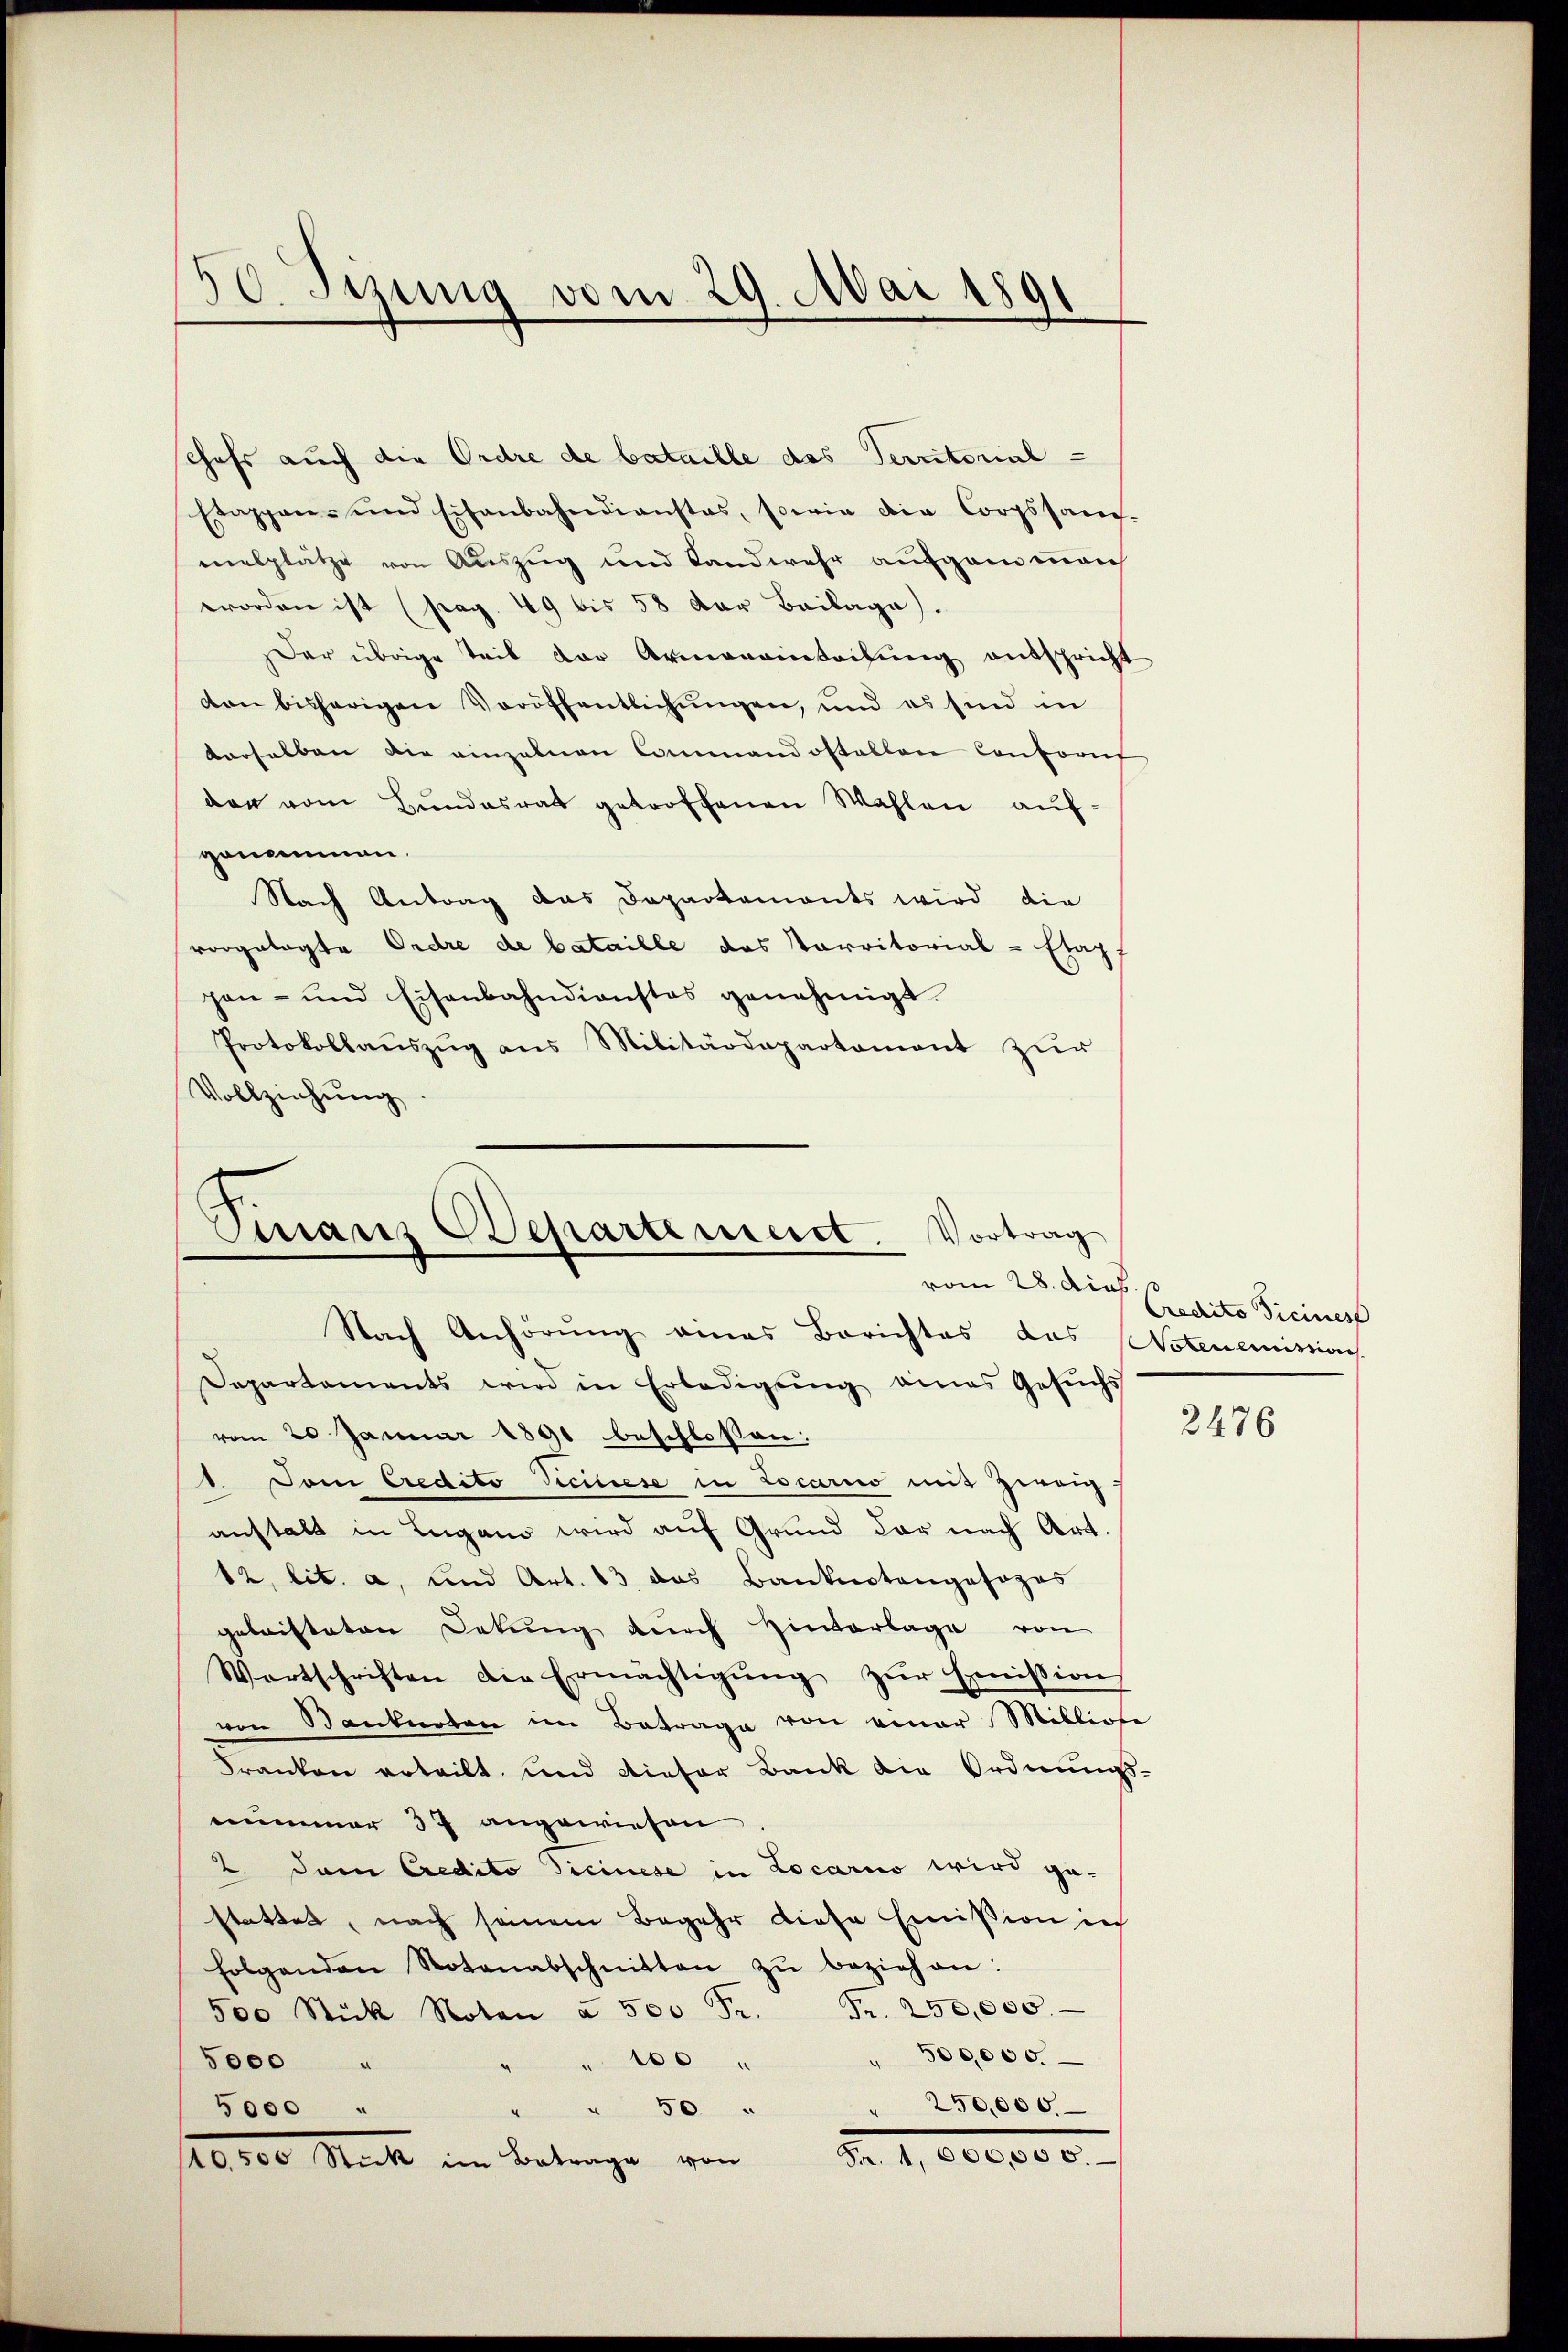
50. Jung vom 29. Mai 1891

chefs auch die Ordre de bataille des Territorial -
Etappen- und Eisenbahndienstes, sowie die Corpssam-
malplätze von Auszug und Landwehr aufgan mach
worden ist (pag. 49 bis 58 der Beilage).
Der übrige Teil der Armeneinteilung entspricht
on bisherigen Veröffentlichŭngen, und es sind in
derselben die einzelnen Commandostallen Conforit
den vom Bundesrat getroffenen Wahlen aufgenommen.
Nach Antrag das Departements wird die
vorgelegte Ordre de bataille das Parritorial-Etapf
pen- und Eisenbahndienstes genehmigt.
Protokollaŭszŭg ans Militärdepartament zŭr
Vollziehung

Nach Anhörung eines Berichtes das Notenemission
Departaments wird in Erledigŭng eines Gesŭchs
vom 20 Januar 1891 beschlossen:
1. Dem Credito Ticinese in Locario mit Zweig
anstalt in Lugano wird auf Grund der nach Art.
12, lit. a, und Art. 13 das Banknotengosogos
geleisteten Dekŭng dŭrch Hinterlage von
Wortschriften die Ermächtigŭng zŭr Emission
von Banknoten im Betrage von einer Milliose
Franken erteilt, und dieser Bank die Ordnungs-
nummer 37 angewiesen
2. Dem Credito Ticinese in Locarno wird ge-
stattet, nach seinem Begehr diese Emission in
folgenden Notenabschnitten zŭ beziehen:
500 Stick Noten à 500 Fr. Fr. 250,000
500,000.
" 100 "
5000 "
" 50 " " 250,000.
5000 "
Nr. 11000000.
10,500 Stick im Betrage von

Stranz Departerieret. Vortrag
vom 28. dies.

Credito Ticines

2476